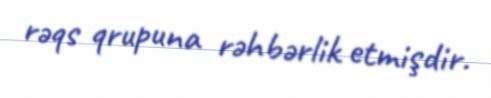
rəqs qrupuna rəhbərlik etmişdir.